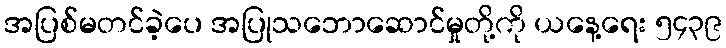
အပြစ်မတင်ခဲ့ပေ အပြုသဘောဆောင်မှုတို့ကို ယနေ့ရေး ၅၄၃၉